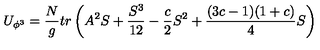
U _ { \phi ^ { 3 } } = { \frac { N } { g } } t r \left( A ^ { 2 } S + { \frac { S ^ { 3 } } { 1 2 } } - { \frac { c } { 2 } } S ^ { 2 } + { \frac { ( 3 c - 1 ) ( 1 + c ) } { 4 } } S \right)